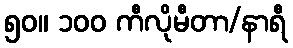
၅၀။ ၁၀၀ ကီလိုမီတာ/နာရီ